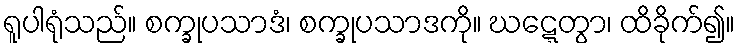
ရူပါရုံသည်။ စက္ခုပသာဒံ၊ စက္ခုပသာဒကို။ ဃဋ္ဋေတွာ၊ ထိခိုက်၍။